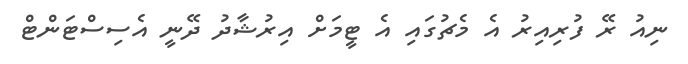
ނިއު ރޭ ފުރިއިރު އެ މެޗުގައި އެ ޓީމަށް އިރުޝާދު ދޭނީ އެސިސްޓަންޓް